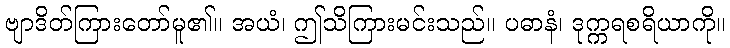
ဗျာဒိတ်ကြားတော်မူ၏။ အယံ၊ ဤသိကြားမင်းသည်။ ပဓာနံ၊ ဒုက္ကရစရိယာကို။